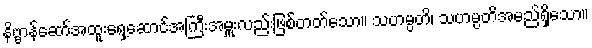
နိဗ္ဗာန်ဆော်အထူးရှေ့ဆောင်အကြီးအမှူးလည်းဖြစ်တတ်သော။ သဟမ္ပတိ၊ သဟမ္ပတိအမည်ရှိသော။